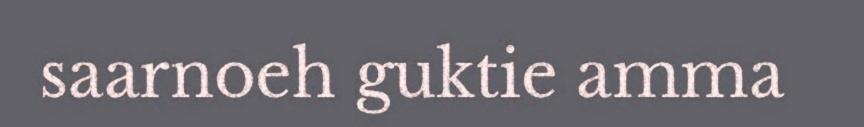
saarnoeh guktie amma